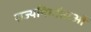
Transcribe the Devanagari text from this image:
राज्यनिर्माताओं